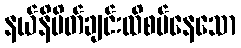
နယ်နိမိတ်ချင်းထိစပ်နေသော